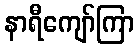
နာရီကျော်ကြာ